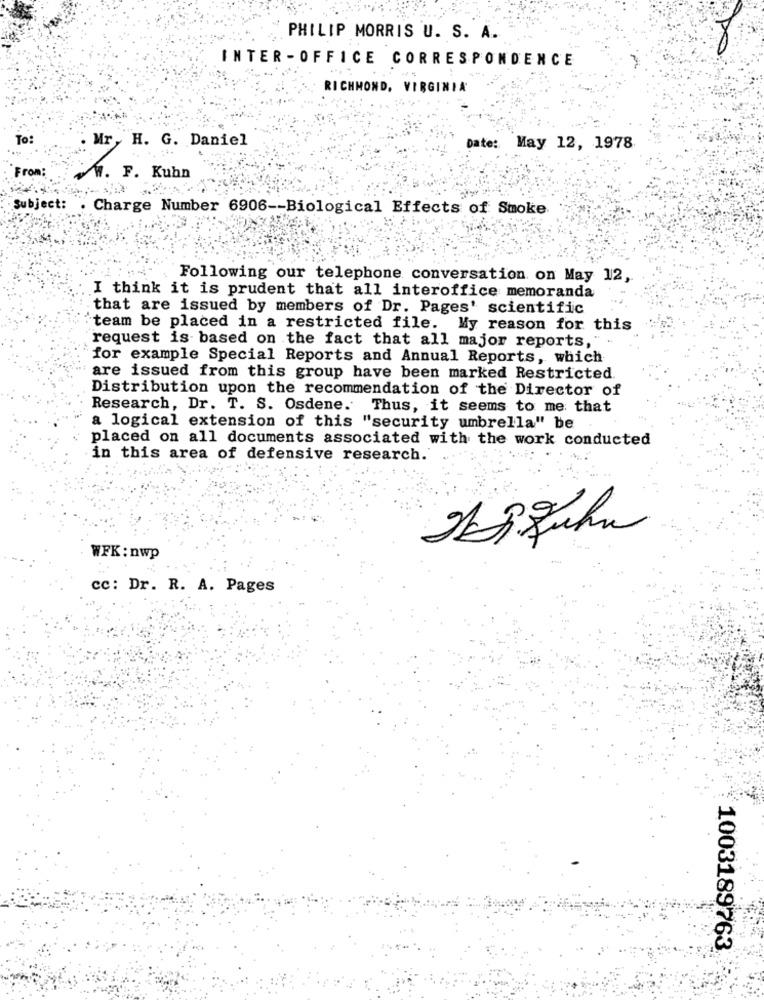
PHILIP MORRIS U. S. A.
INTER - OFFICE CORRESPONDENCE
RICHMOND, VIRGINIA
To:
Mr, H. G. Daniel
Date: May 12, 1978
From:
M. F. Kuhn
Subject:
Charge Number 6906 -- Biological Effects of Smoke
Following our telephone conversation on May 12,
I think it is prudent that all interoffice memoranda
that are issued by members of Dr. Pages' scientific
team be placed in a restricted file. My reason for this
request is based on the fact that all major reports,"
for example Special Reports and Annual Reports, which
are issued from this group have been marked Restricted
Distribution upon the recommendation of the Director of
Research, Dr. T. S. Osdene. Thus, it seems to me that
a logical extension of this "security umbrella" be
placed on all documents associated with the work conducted
in this area of defensive research.
WFK: nwp
cc: Dr. R. A. Pages
1003189763